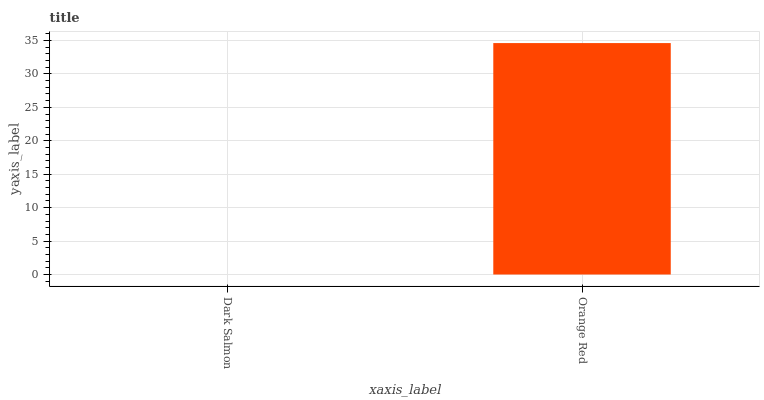
| xaxis_label | bars |
 | --- | --- |
 | Dark Salmon | 0 |
 | Orange Red | 34.6 |